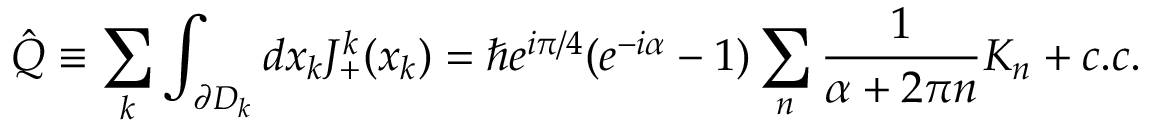
\hat { Q } \equiv \sum _ { k } \int _ { \partial D _ { k } } d x _ { k } J _ { + } ^ { k } ( x _ { k } ) = \hbar e ^ { i \pi / 4 } ( e ^ { - i \alpha } - 1 ) \sum _ { n } \frac { 1 } { \alpha + 2 \pi n } K _ { n } + c . c .